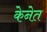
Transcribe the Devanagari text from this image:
केनेत